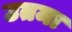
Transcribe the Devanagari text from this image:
उतमा